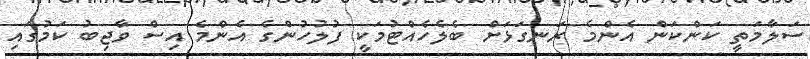
ސަލާމަތީ ކަންކަން އެންމެ ރަނގަޅަށް ބެލެހެއްޓުމަކީ ފުލުހުންގެ އެންމެ އިސް ވާޖިބު ކަމުގައި